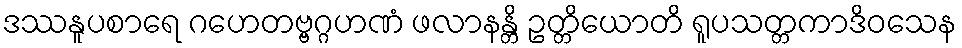
ဒဿနူပစာရေ ဂဟေတဗ္ဗဂ္ဂဟဏံ ဖလာနန္တိ ဥတ္တိယောတိ ရူပသတ္တကာဒိဝသေန